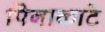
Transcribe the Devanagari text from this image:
पिनाकाटे